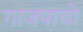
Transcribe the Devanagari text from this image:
गाजपाचो